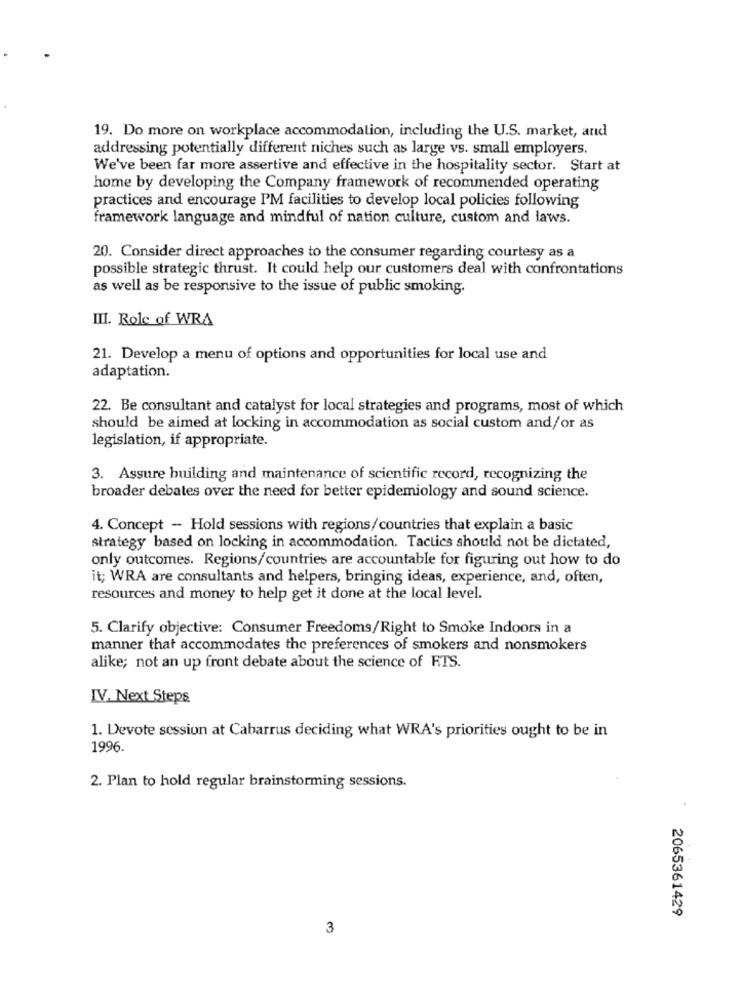
19. Do more on workplace accommodation, including the U.S. market, and
addressing potentially different niches such as large vs. small employers.
We've been far more assertive and effective in the hospitality sector. Start at
home by developing the Company framework of recommended operating
practices and encourage I'M facilities to develop local policies following
framework language and mindful of nation culture, custom and laws.
20. Consider direct approaches to the consumer regarding courtesy as a
possible strategic thrust. It could help our customers deal with confrontations
as well as be responsive to the issue of public smoking.
III. Role of WRA
21. Develop a menu of options and opportunities for local use and
adaptation.
22. Be consultant and catalyst for local strategies and programs, most of which
should be aimed at locking in accommodation as social custom and/or as
legislation, if appropriate.
3. Assure building and maintenance of scientific record, recognizing the
broader debates over the need for better epidemiology and sound science.
4. Concept - Hold sessions with regions/countries that explain a basic
strategy based on locking in accommodation. Tactics should not be dictated,
only outcomes. Regions/countries are accountable for figuring out how to do
it; WRA are consultants and helpers, bringing ideas, experience, and, often,
resources and money to help get it done at the local level.
5. Clarify objective: Consumer Freedoms/Right to Smoke Indoors in a
manner that accommodates the preferences of smokers and nonsmokers
alike; not an up front debate about the science of RTS.
IV. Next Steps
1. Devote session at Cabarrus deciding what WRA's priorities ought to be in
1996.
2. Plan to hold regular brainstorming sessions.
2065361429
3